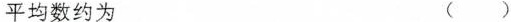
平均数约为 ()